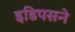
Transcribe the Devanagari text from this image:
इडिपसने